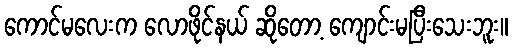
ကောင်မလေးက လောဖိုင်နယ် ဆိုတော့ ကျောင်းမပြီးသေးဘူး။